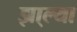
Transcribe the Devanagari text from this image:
झा्ल्या